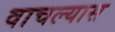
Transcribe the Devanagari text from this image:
वाचल्यास